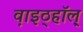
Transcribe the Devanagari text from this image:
व़ाइठ्हाॅल़्